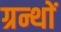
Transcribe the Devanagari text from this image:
ग्रन्थाें